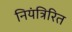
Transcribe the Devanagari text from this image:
नियंत्रिरित